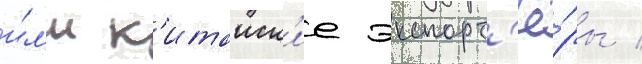
и́л'и к'итаиск'ие экспорт'ё́ры /